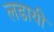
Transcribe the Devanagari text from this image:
लडायी